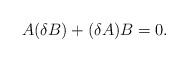
LaTeX: \begin{align*}A(\delta B)+(\delta A) B=0.\end{align*}